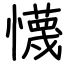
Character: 懱